Trukikaitis_Postimees, lk 8
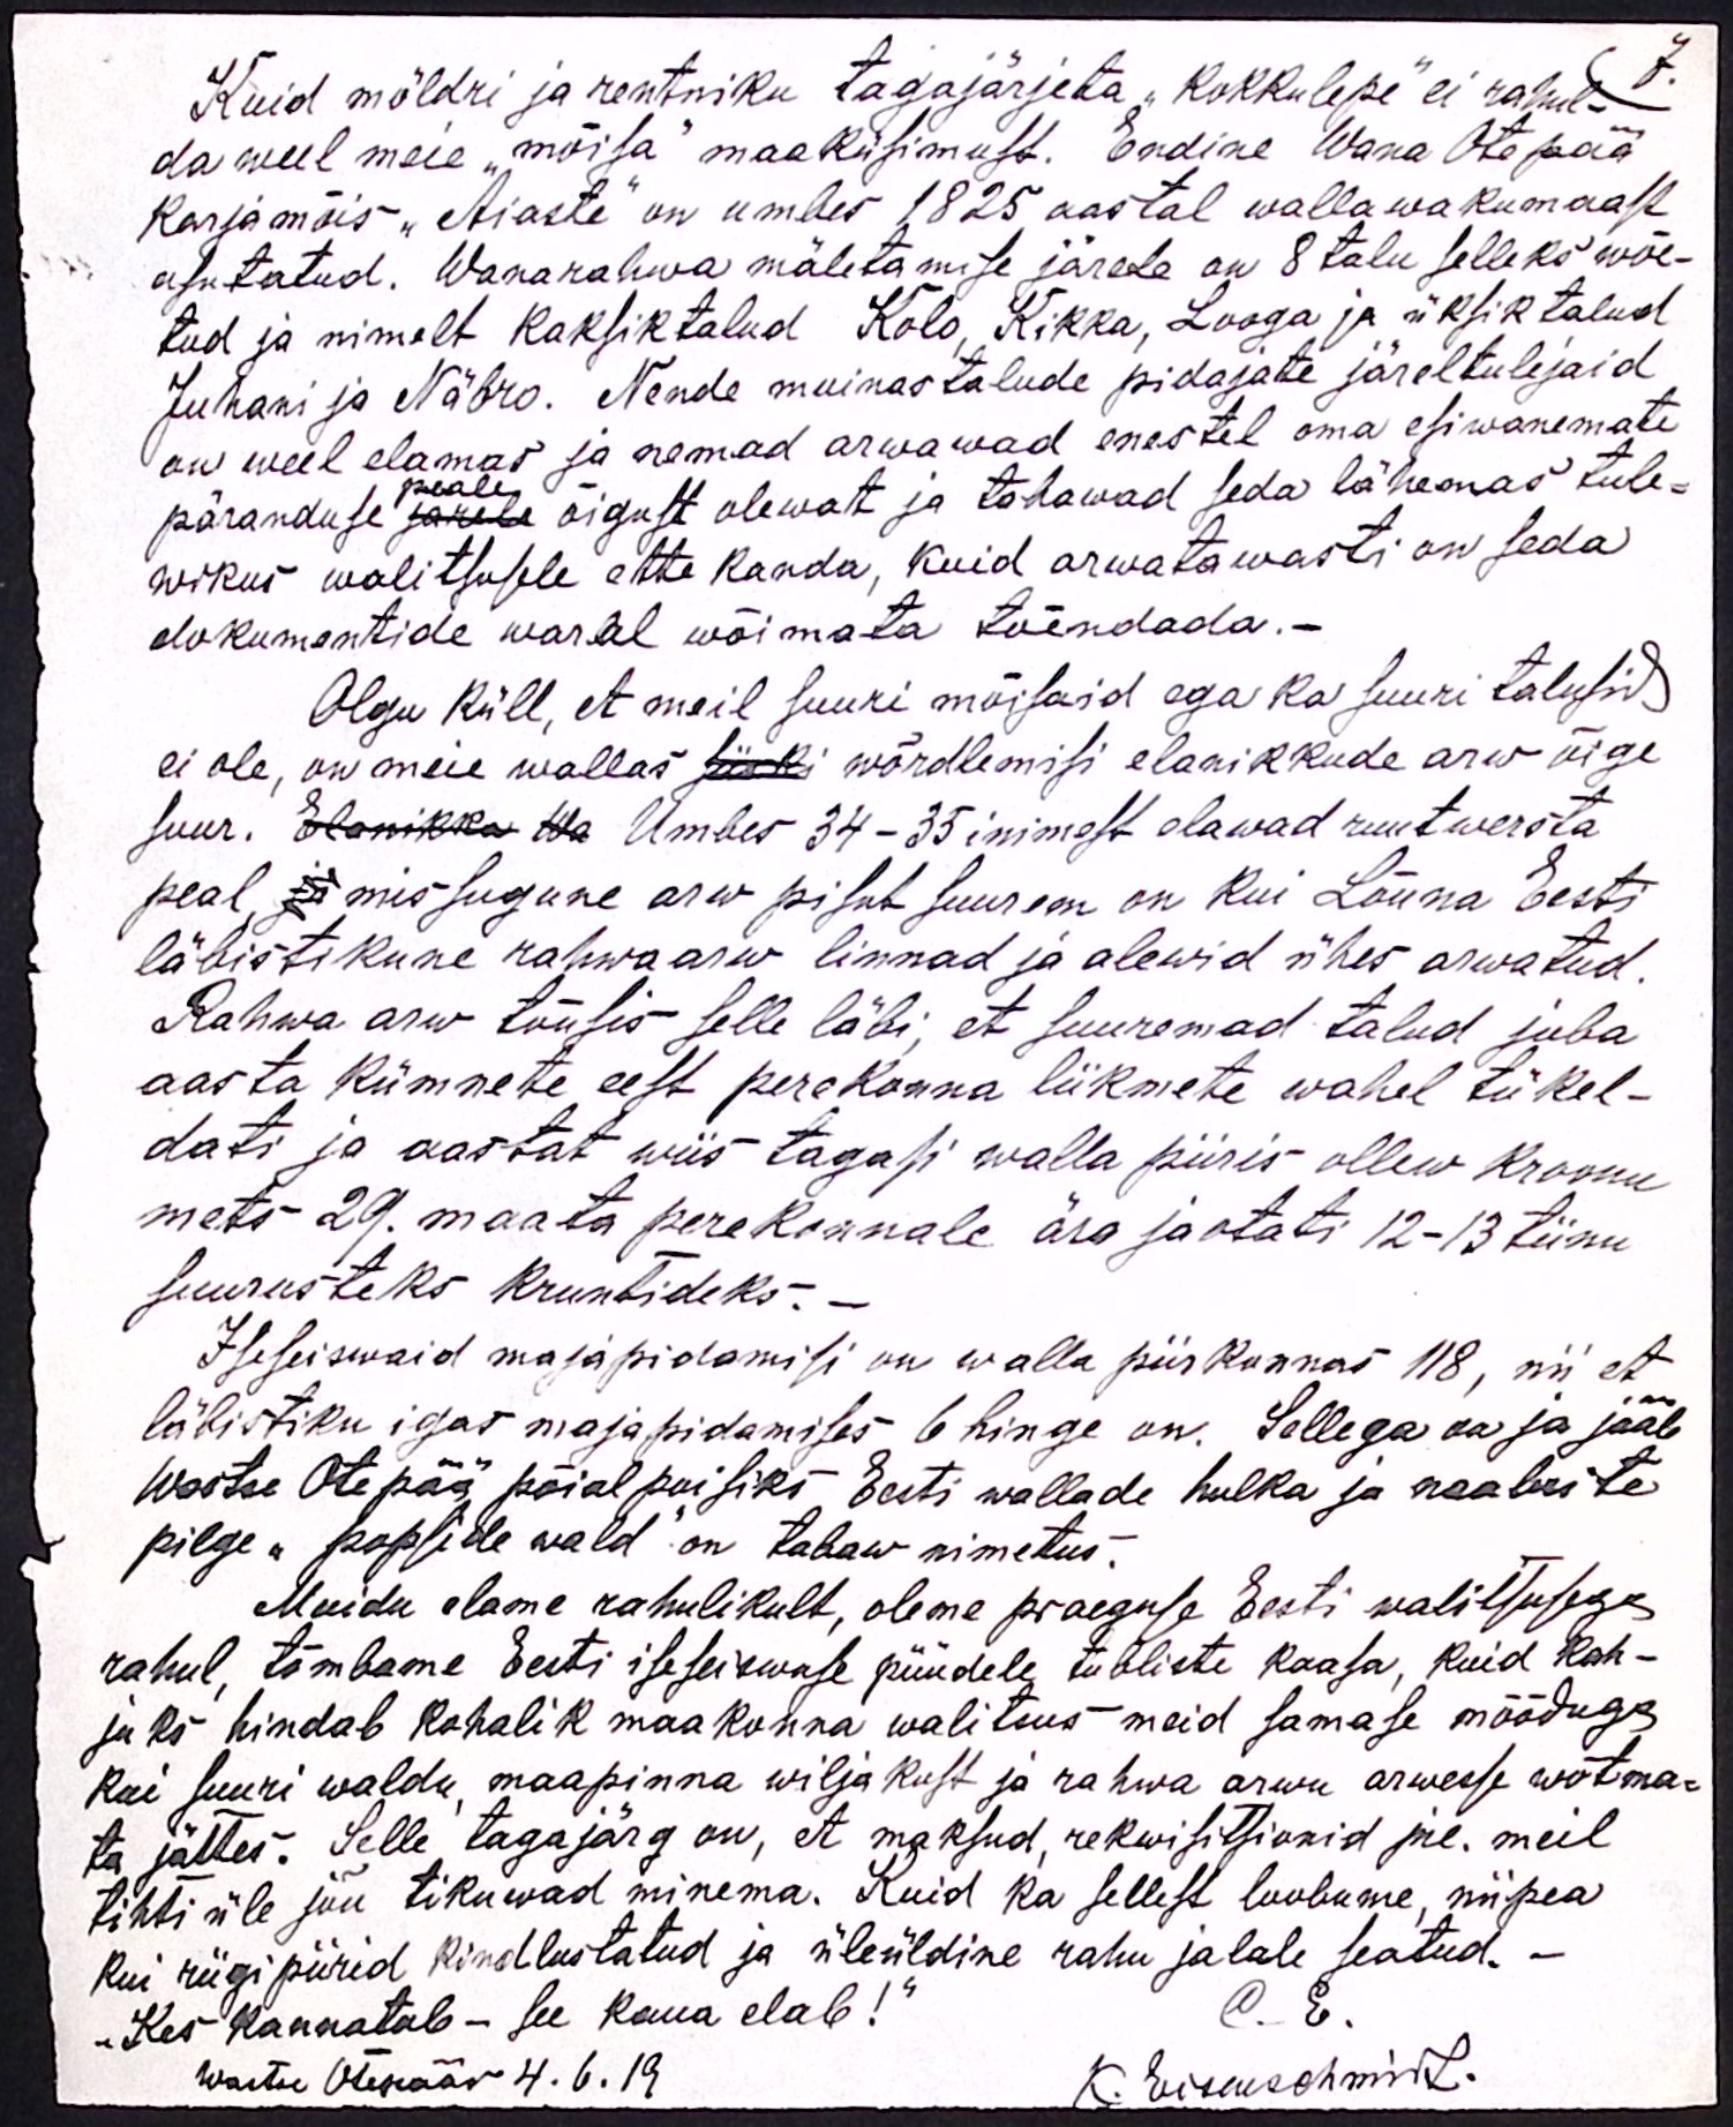
7
Kuid möldri ja rentniku tagajärjeta "kokkulepe" ei rahul-
da weel meie "mõisa" maaküsimust. Endine Wana Otepää-
karjamõis "Aiaste" on umbes 1825 aastal wallawakumaast
asutatud. Wanarahva mäletamise järele on 8 talu selleks wõe-
tud ja nimelt kaksik talud, Kolo, Kikka, Looga ja üksik talud
Juhani ja Näbro. Nende muinastalude pidajate järeltulijaid
on weel elamas ja nemad arwawad enestel oma esiwanemate
päranduse järele õigust olewat ja tahawad seda lähemas tule-
wikus walitsusele ette kanda, kuid arwatawasti on seda
dokumentide waral wõimata tõendada.-
Olgu küll, et meil suuri mõisaid ega ka suuri talusid
ei ole, on meie wallas siiski wõrdlemisi elanikkude arw õige
suur. Elanikke Wa Umbes 34-35 inimest elawad ruutwersta
peal, ja missugune arw pisut suurem on kui Lõuna Eesti
läbistikune rahwa arw linnad ja alewid ühes arwatud.
Rahwa arw tõusis selle läbi, et suuremad talud juba
aasta kümnete eest perekonna liikmete wahel tükel-
dati ja aastat wiis tagasi walla piiris ollew kroonu
mets 29. maata perekonnale ära jaotati 12-13 tiinu
suurusteks Kruntideks.
Iseseiswaid majapidamisi on walla piirkonnas 118, nii et
läbistiku igas majapidamises 6 hinge on. Sellega on ja jääb
Wastse Otepää põial poisiks Eesti wallade hulka ja naabrite
pilge "papside wald" on tabaw nimetus.
Muidu elame rahulikult, oleme praeguse Eesti walitusega
rahul, tõmbame Eesti iseseiswuse püüdele tubliste kaasa, kuid kah-
juks hindab kohalik maa konna walitus meid samase mõõduga
Kui suuri waldu, maapinna wiljakust ja rahwa arwu arwesse wõtma-
ta jättes. Selle tagajärg on, et maksud rekwisitsionid jne. meil
tihti üle jõu tikuwad minema. Kuid ka sellest loobume, niipea
kui riigipiirid kindlustatud ja üleüldine rahu jalale seatud. -
"Kes kannatab - see kaua elab!"
O. E.
Wastse Otepää 4.6.19
K. Eisenschmidt.